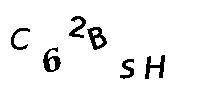
C62BSH